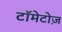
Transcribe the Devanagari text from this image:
टॉमेटोज़